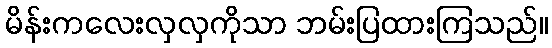
မိန်းကလေးလှလှကိုသာ ဘမ်းပြထားကြသည်။